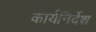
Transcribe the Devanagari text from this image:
कार्यनिर्देश